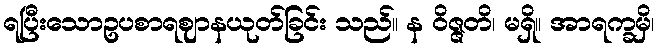
ရပြီးသောဥပစာရဈာနယုတ်ခြင်း သည်။ န ဝိဇ္ဇတိ၊ မရှိ။ အာရက္ခမှိ၊